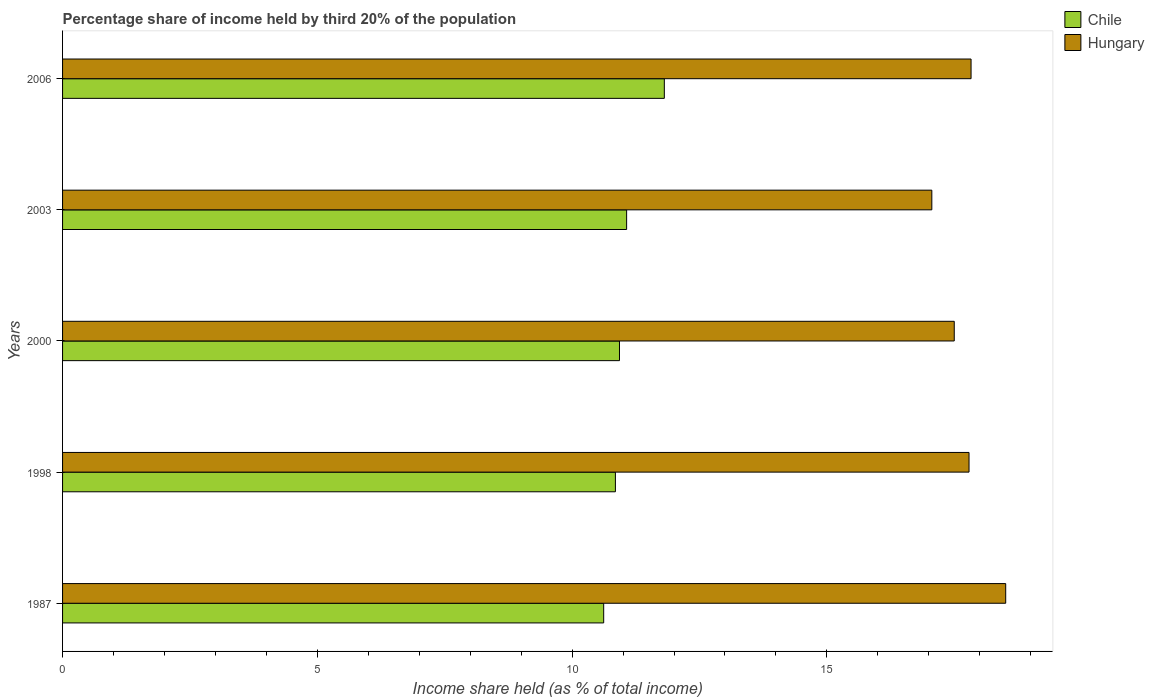
| Years | Chile | Hungary |
 | --- | --- | --- |
 | 1987 | 10.6 | 18.5 |
 | 1998 | 10.8 | 17.8 |
 | 2000 | 10.9 | 17.5 |
 | 2003 | 11.1 | 17.1 |
 | 2006 | 11.8 | 17.8 |